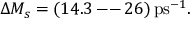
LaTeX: \Delta M _ { s } = ( 1 4 . 3 \, \mathrm { - - } \, 2 6 ) \, \mathrm { p s } ^ { - 1 } .